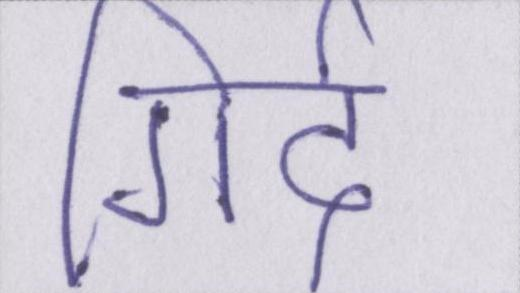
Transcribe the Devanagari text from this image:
गिर्द